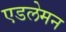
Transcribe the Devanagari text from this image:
एडलेमन